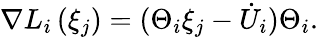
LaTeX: {\nabla L}_{i}\left(\xi_{j}\right)=(\Theta_{i}\xi_{j}-{\dot{U}}_{i})\Theta_{i}.